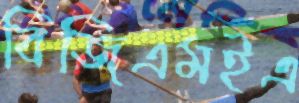
বিজিএমইএ